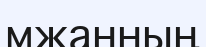
мжанның